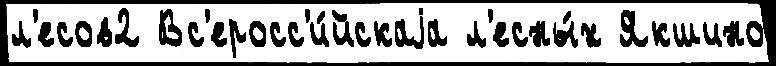
л'есов2 Вс'еросс'и́йскаjа л'есны́х Якшино